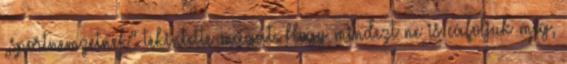
„sportnemzetnek” tekintette magát. Hogy mindezt ne is cáfoljuk meg,